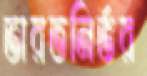
ভারতনির্ভর